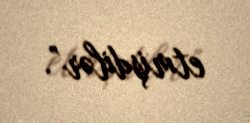
etmişdilər”.